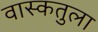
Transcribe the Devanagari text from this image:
वास्कतुला